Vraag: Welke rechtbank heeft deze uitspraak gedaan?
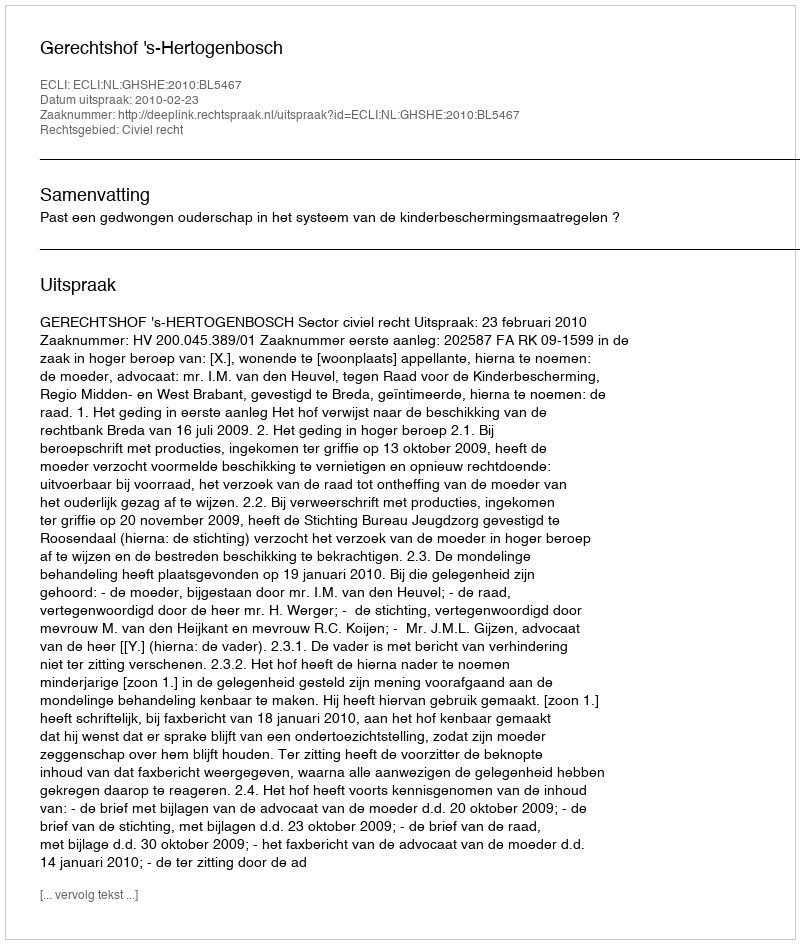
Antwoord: Gerechtshof 's-Hertogenbosch